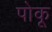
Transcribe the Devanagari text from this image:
पोकू